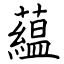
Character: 藴